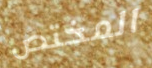
المختص